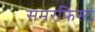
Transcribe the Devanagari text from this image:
समरफिस्ट